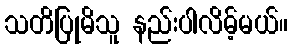
သတိပြုမိသူ နည်းပါလိမ့်မယ်။